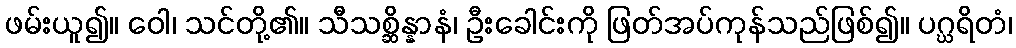
ဖမ်းယူ၍။ ဝေါ၊ သင်တို့၏။ သီသစ္ဆိန္နာနံ၊ ဦးခေါင်းကို ဖြတ်အပ်ကုန်သည်ဖြစ်၍။ ပဂ္ဃရိတံ၊